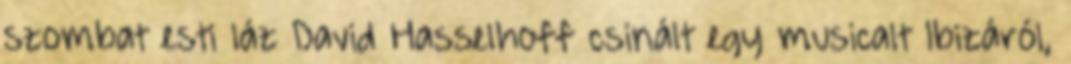
szombat esti láz David Hasselhoff csinált egy musicalt Ibizáról,